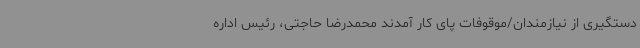
دستگیری از نیازمندان/موقوفات پای کار آمدند محمدرضا حاجتی، رئیس اداره